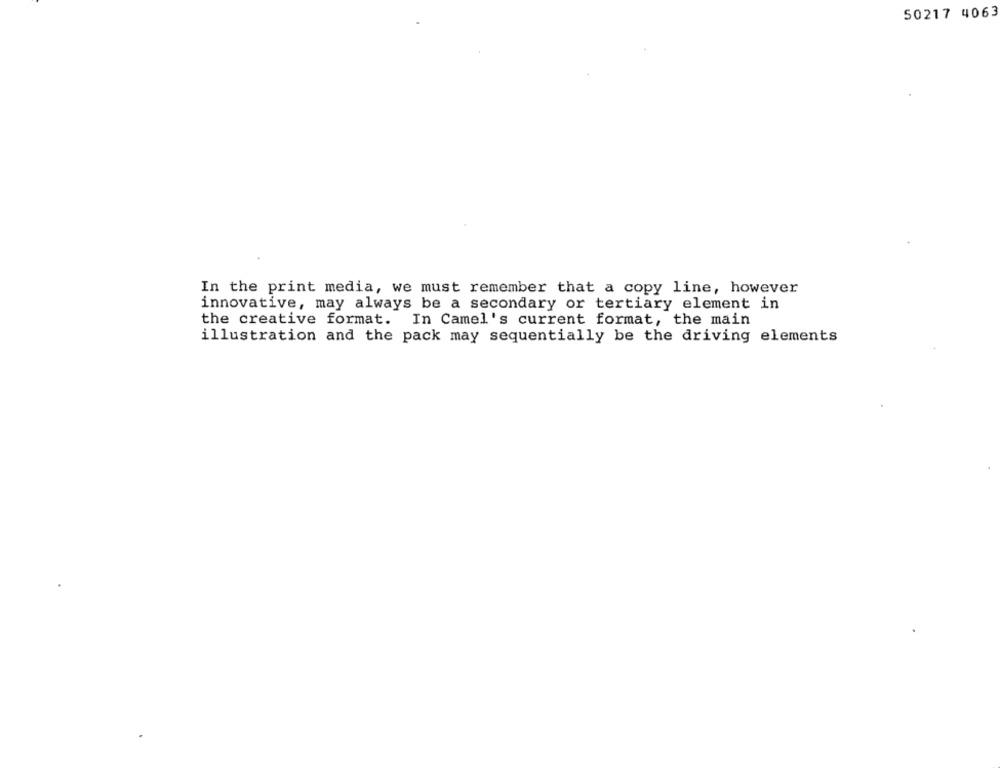
50217 4063
In the print media, we must remember that a copy line, however
innovative, may always be a secondary or tertiary element in
the creative format. In Camel's current format, the main
illustration and the pack may sequentially be the driving elements